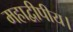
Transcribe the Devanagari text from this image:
महाद्वीपीय।